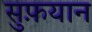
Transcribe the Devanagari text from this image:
सुफ़यान